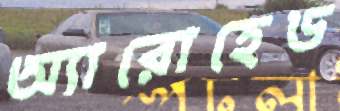
অ্যারোহেড